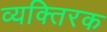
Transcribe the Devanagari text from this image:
व्यक्तिरक